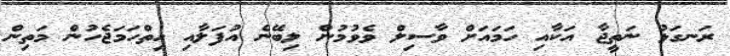
ރަނގަޅު ނަތީޖާ އަކާއި ހަމައަށް ވާސިލް ވެވުމުން ލިބޭނެ އުފަލާއި ހިތްހަމަޖެހުން މަތިން